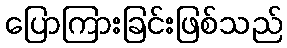
ပြောကြားခြင်းဖြစ်သည်